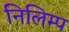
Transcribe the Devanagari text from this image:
निलिम्प